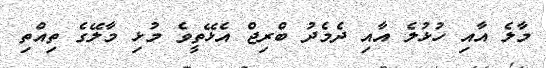
މާލެ އާއި ހުޅުލެ އާއި ދެމެދު ބްރިޖް އެޅޭތީވެ މުޅި މާލޭގެ ތިއްތި